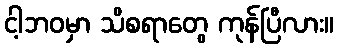
ငါ့ဘဝမှာ သိစရာတွေ ကုန်ပြီလား။